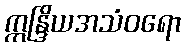
ဣန္ဒြိယအသံဝရော